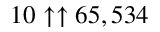
1 0 \uparrow \uparrow 6 5 , 5 3 4